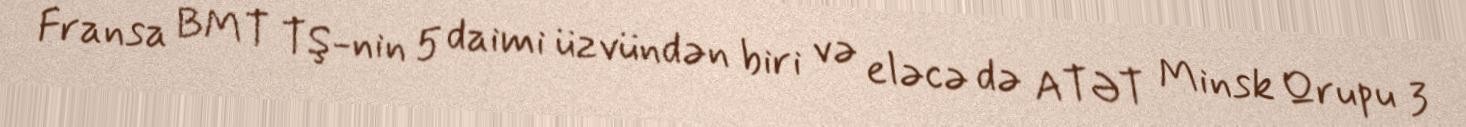
Fransa BMT TŞ-nin 5 daimi üzvündən biri və eləcə də ATƏT Minsk Qrupu 3